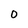
Character: o